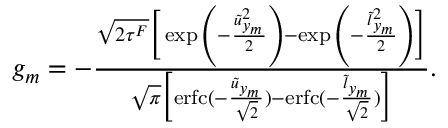
\begin{array} { r } { g _ { m } = - \frac { \sqrt { 2 \tau ^ { F } } \Big [ \exp { \left( - \frac { \tilde { u } _ { y _ { m } } ^ { 2 } } { 2 } \right) } - \exp { \left( - \frac { \tilde { l } _ { y _ { m } } ^ { 2 } } { 2 } \right) } \Big ] } { \sqrt { \pi } \Big [ \mathrm { e r f c } ( - \frac { \tilde { u } _ { y _ { m } } } { \sqrt { 2 } } ) - \mathrm { e r f c } ( - \frac { \tilde { l } _ { y _ { m } } } { \sqrt { 2 } } ) \Big ] } . } \end{array}